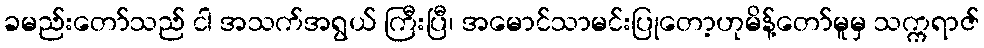
ခမည်းတော်သည် ငါ အသက်အရွယ် ကြီးပြီ၊ အမောင်သာမင်းပြုတော့ဟုမိန့်တော်မူမှ သက္ကရာဇ်